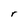
Character: r